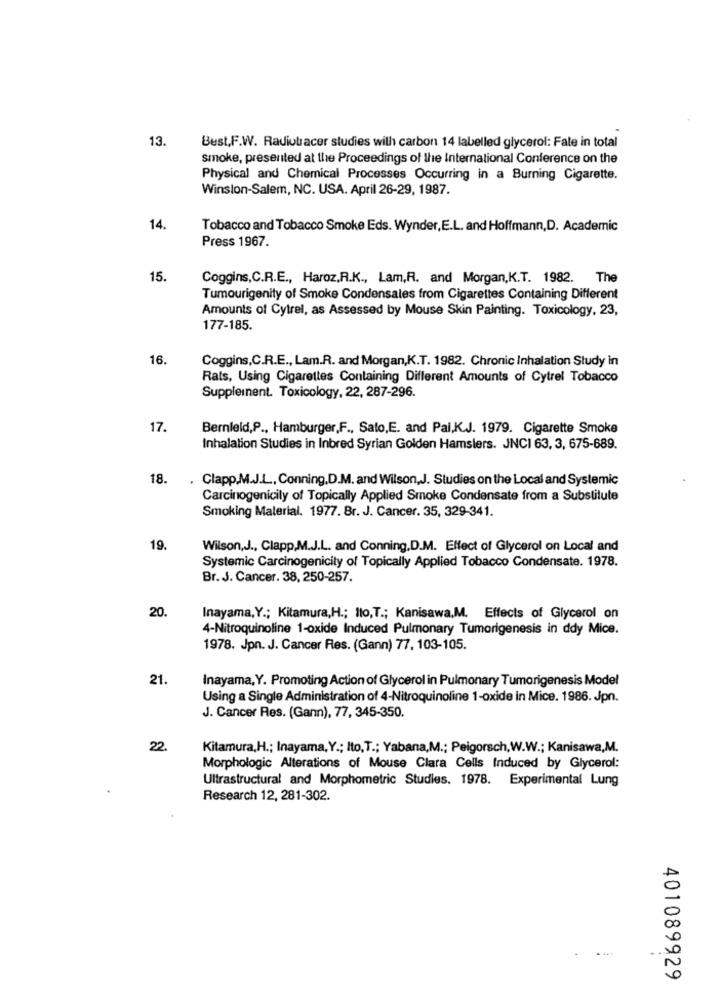
13.
Best,F.W. Radiotracer studies will carbon 14 labelled glycerol: Fale in total
smoke, presented at the Proceedings of the International Conference on the
Physical and Chemical Processes Occurring in a Burning Cigarette.
Winston-Salem, NC. USA. April 26-29, 1987.
14.
Tobacco and Tobacco Smoke Eds. Wynder,E.L. and Hoffmann,D. Academic
Press 1967.
15.
Coggins,C.R.E ., Haroz,R.K ., Lam,R. and Morgan,K.T. 1982. The
Tumourigenity of Smoke Condensales from Cigarettes Containing Different
Amounts of Cytrel, as Assessed by Mouse Skin Painting. Toxicology, 23,
177-185.
16.
Coggins,C.R.E ., Lam.R. and Morgan,K.T. 1982. Chronic Inhalation Study in
Rats, Using Cigarettes Containing Different Amounts of Cytrel Tobacco
Suppleinent. Toxicology, 22, 287-296.
17.
Bernleld,P ., Hamburger,F ., Sato,E. and Pai,K.J. 1979. Cigarette Smoke
Inhalation Studies in Inbred Syrian Golden Hamslers. JNCI 63, 3, 675-689.
18.
. Clapp.M.J.L, Conning,D.M. and Wilson,J. Studies on the Local and Systemic
Carcinogenicily of Topically Applied Smoke Condensate from a Substitute
Smoking Material. 1977. Br. J. Cancer. 35, 329-341.
19.
Wilson,J ., Clapp,M.J.L. and Conning,D.M. Effect of Glycerol on Local and
Systemic Carcinogenicity of Topically Applied Tobacco Condensate. 1978.
Br. J. Cancer. 38, 250-257.
20.
Inayama, Y .; Kitamura,H .; llo,T .; Kanisawa,M. Effects of Glycerol on
4-Nitroquinoline 1-oxide Induced Pulmonary Tumorigenesis in ddy Mice.
1978. Jpn. J. Cancer Res. (Gann) 77, 103-105.
21
Inayama, Y. Promoting Action of Glycerol in Pulmonary Tumorigenesis Model
Using a Single Administration of 4-Nitroquinoline 1-oxide in Mice. 1986. Jpn.
J. Cancer Res. (Gann), 77, 345-350.
22.
Kitamura,H .; Inayama, Y .; Ito,T .; Yabana,M .; Peigorsch,W.W .; Kanisawa,M.
Morphologic Alterations of Mouse Clara Cells Induced by Glycerol:
Ultrastructural and Morphometric Studies. 1978. Experimental Lung
Research 12, 281-302.
401089929